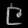
Digit: ၉